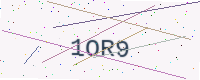
Text: 1OR9